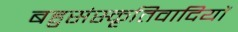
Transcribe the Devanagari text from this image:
बहुसंस्कृतिवादियों